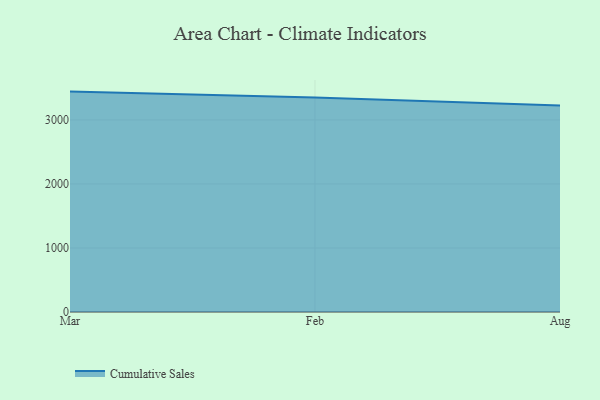
{"axis": {"x": "Month", "y": "Waste Production (Tons)"}, "legend": ["Cumulative Sales"], "data": [{"x": "Mar", "y": 3443.3, "type": "Cumulative Sales"}, {"x": "Feb", "y": 3351.8, "type": "Cumulative Sales"}, {"x": "Aug", "y": 3226.0, "type": "Cumulative Sales"}]}